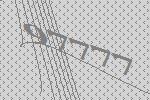
97777